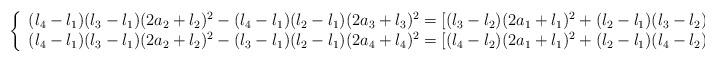
LaTeX: \begin{align*} \left\{\begin{array}{l}(l_4 - l_1)(l_3 - l_1)(2 a_2 + l_2)^2 - (l_4 - l_1)(l_2 - l_1)(2 a_3 + l_3)^2 = [(l_3 - l_2)(2 a_1 + l_1)^2 + (l_2 - l_1)(l_3 - l_2)(l_1 - l_3)](l_4 - l_1) \\(l_4 - l_1)(l_3 - l_1)(2 a_2 + l_2)^2 - (l_3 - l_1)(l_2 - l_1)(2 a_4 + l_4)^2 = [(l_4 - l_2)(2 a_1 + l_1)^2 + (l_2 - l_1)(l_4 - l_2)(l_1 - l_4)](l_3 - l_1)\end{array}\right.\end{align*}